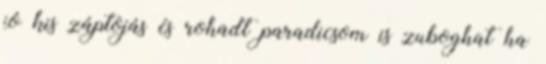
jó kis záptojás és rohadt paradicsom is zuboghat ha